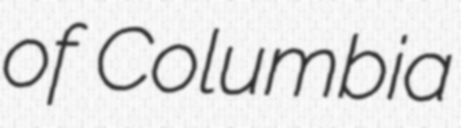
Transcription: of Columbia